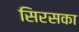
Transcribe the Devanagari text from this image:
सिरसका